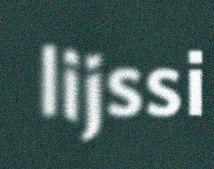
lijssi